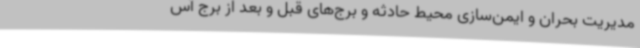
مدیریت بحران و ایمن‌سازی محیط حادثه و برج‌های قبل و بعد از برج آس